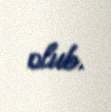
olub.